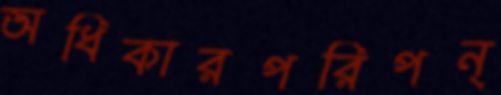
অধিকারপরিপন্